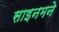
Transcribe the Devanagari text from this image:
साइनमने